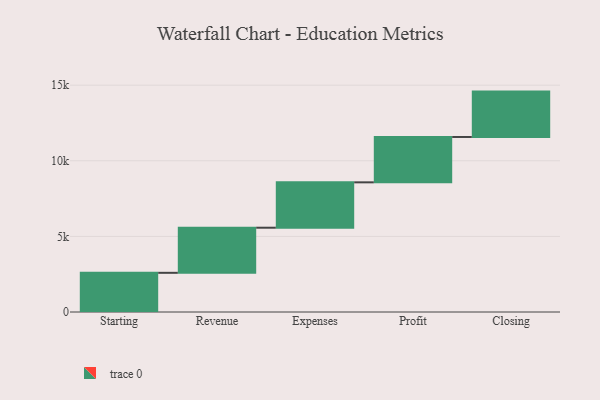
{"axis": {"x": "Step", "y": "Value"}, "legend": [""], "data": [{"x": "Starting", "y": 2591.0, "type": ""}, {"x": "Revenue", "y": 2983.0, "type": ""}, {"x": "Expenses", "y": 3000, "type": ""}, {"x": "Profit", "y": 3000, "type": ""}, {"x": "Closing", "y": 3000, "type": ""}]}